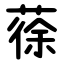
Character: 蒣